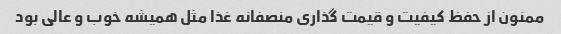
ممنون از حفظ کیفیت و قیمت گذاری منصفانه غذا مثل همیشه خوب و عالی بود